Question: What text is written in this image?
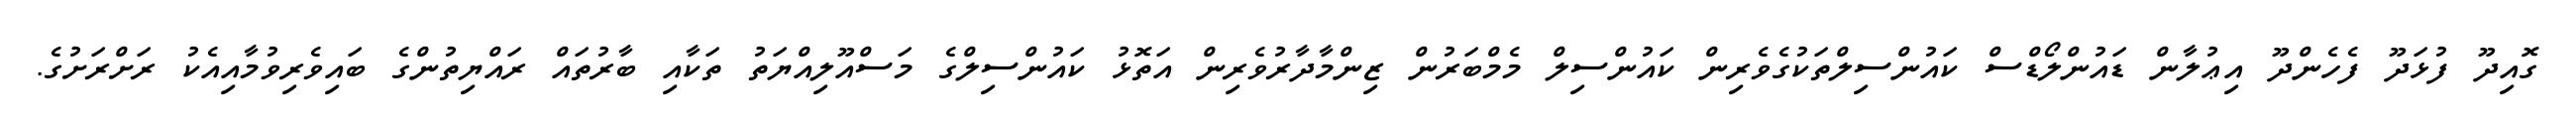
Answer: ގޮއިދޫ ފުޅަދޫ ފެހެންދޫ އިޢުލާން ޑައުންލޯޑްސް ކައުންސިލްތަކުގެވެރިން ކައުންސިލް މެމްބަރުން ޒިންމާދާރުވެރިން އަތޮޅު ކައުންސިލްގެ މަސްއޫލިއްޔަތު ތަކާއި ބާރުތައް ރައްޔިތުންގެ ބައިވެރިވުމާއިއެކު ރަށްރަށުގެ.